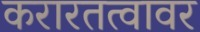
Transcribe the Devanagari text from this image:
करारतत्वावर